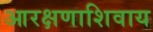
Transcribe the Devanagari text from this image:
आरक्षणाशिवाय